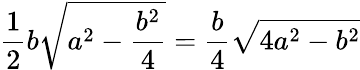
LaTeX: {\frac{1}{2}}b{\sqrt{a^{2}-{\frac{b^{2}}{4}}}}={\frac{b}{4}}{\sqrt{4a^{2}-b^{2}}}